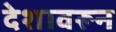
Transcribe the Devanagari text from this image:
देशावरून